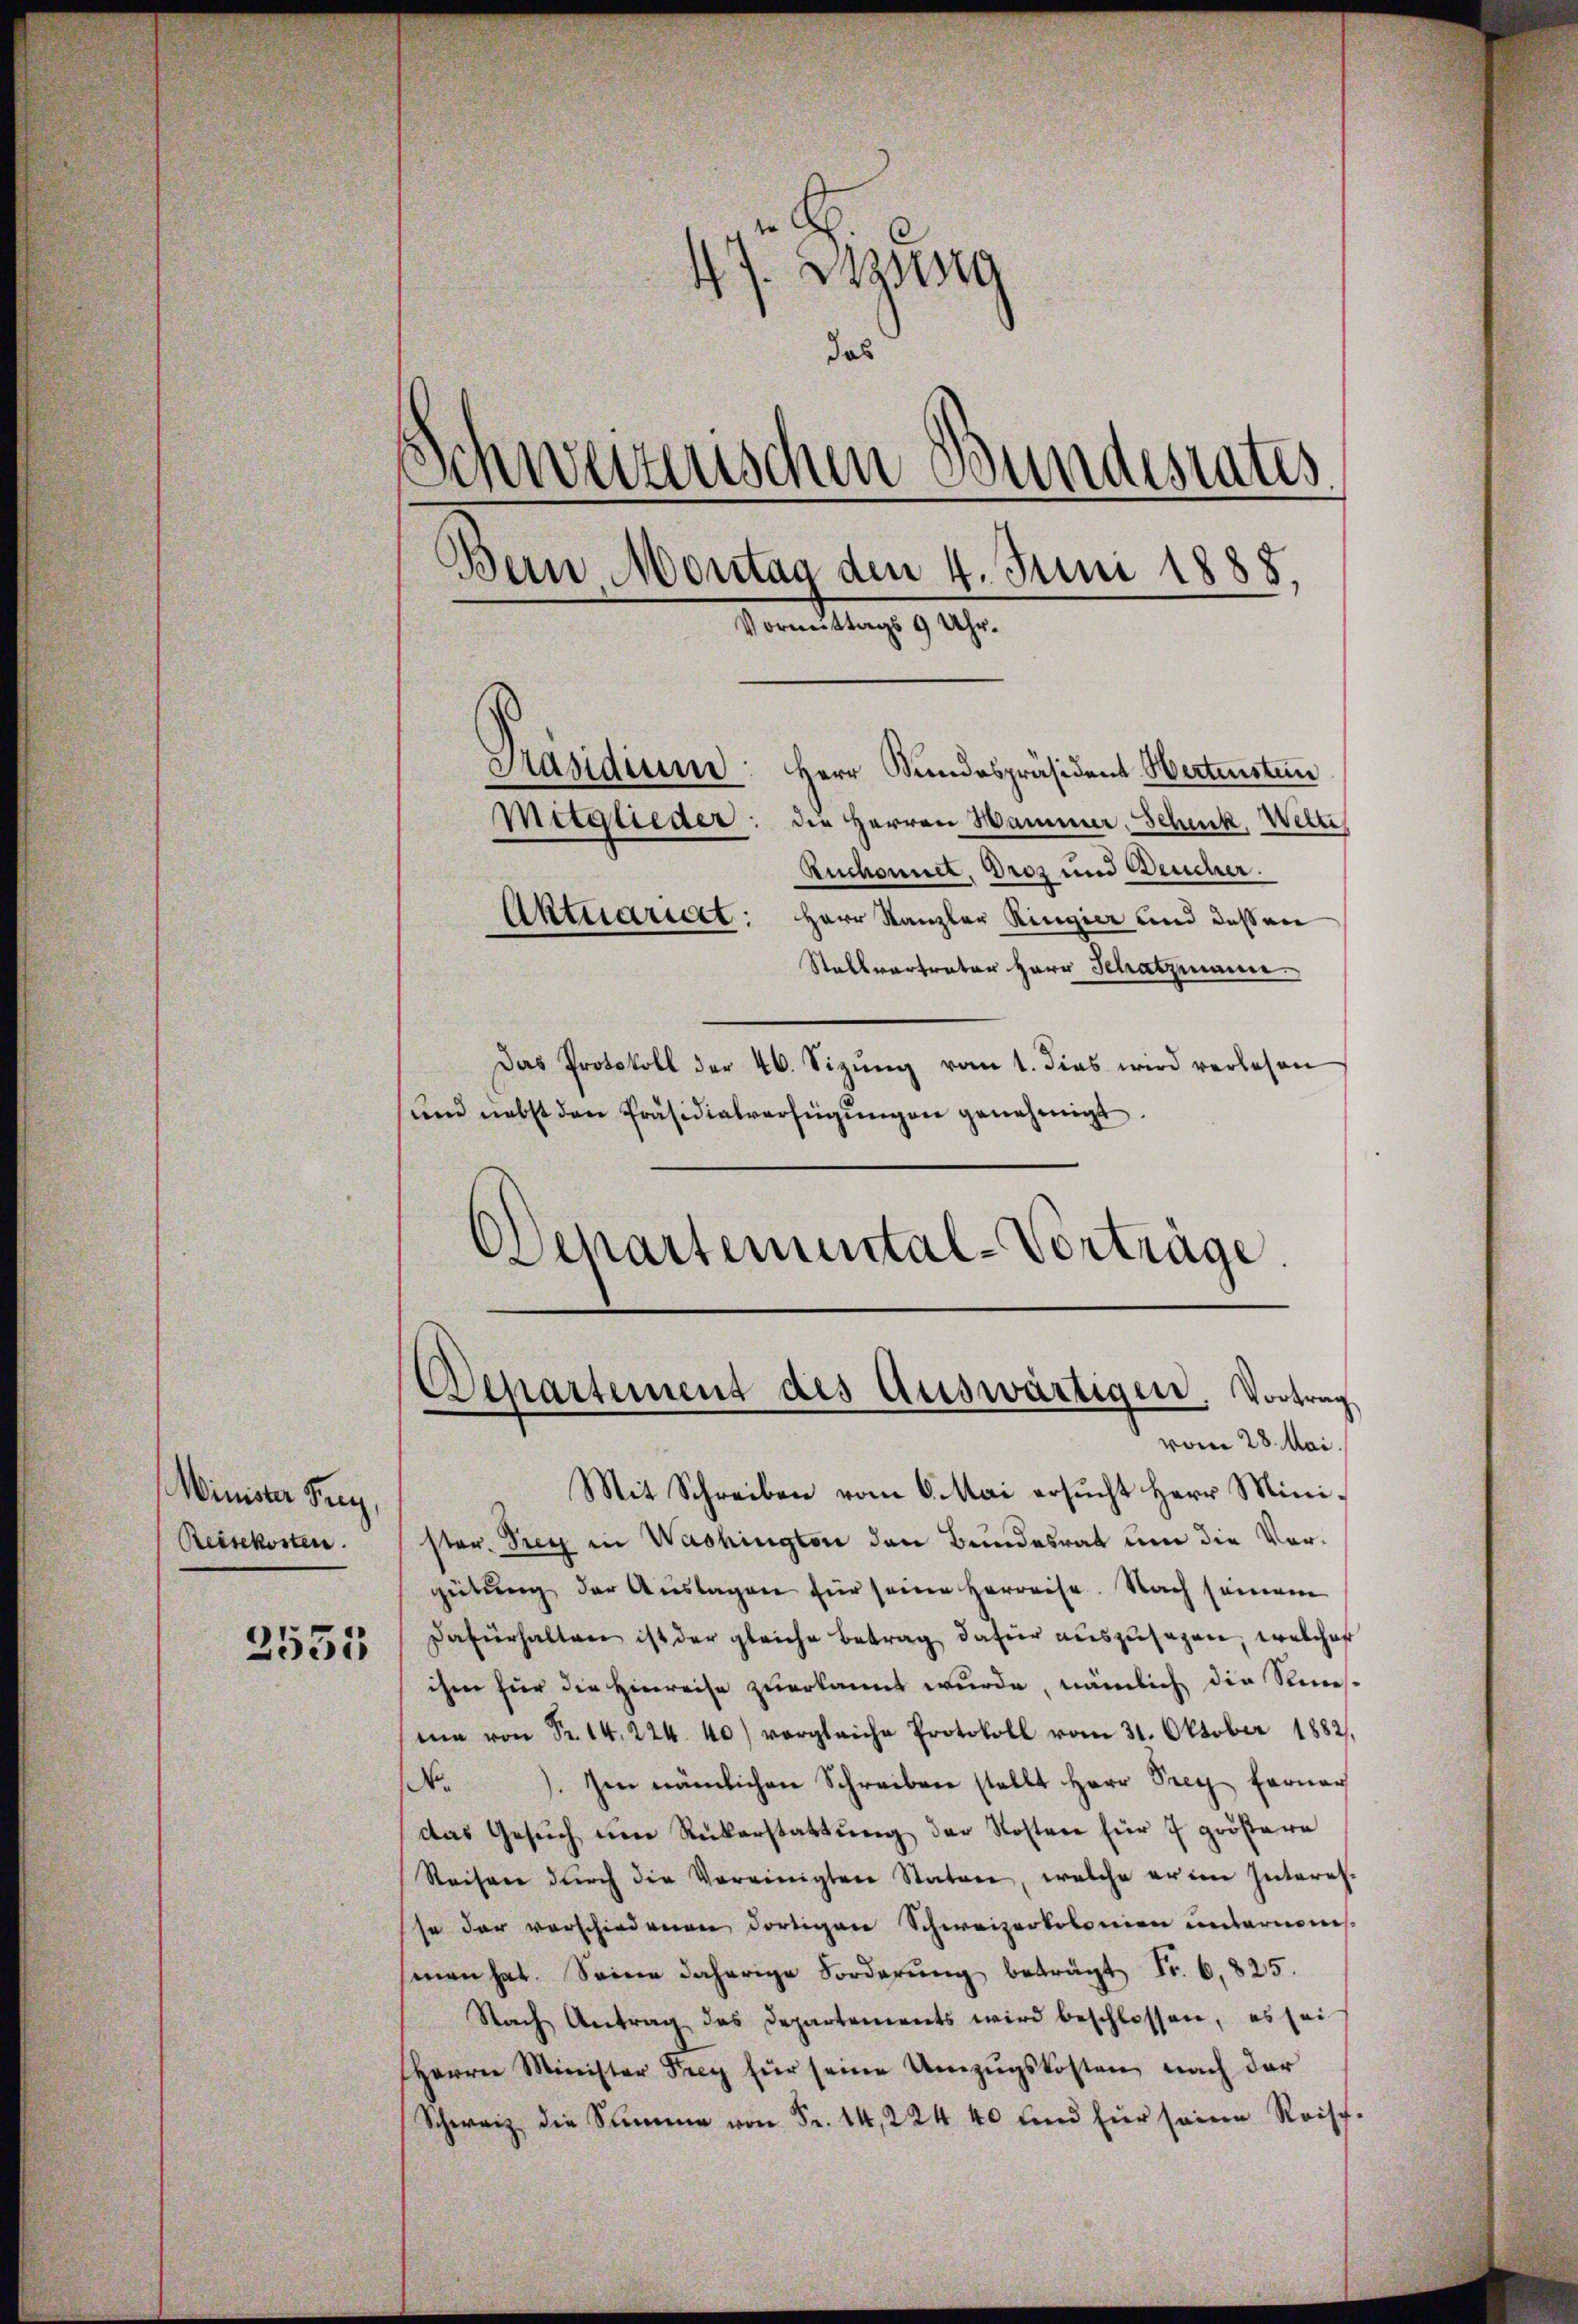
Minister Feu
Reisekosten.

2555

47. Bezug
das
Schweizerischen Bundesrates
Bern Montag den 4. Juni 1888
Vormittags 9 Uhr.
Präsidium: Herr Bundespräsident Wertenstein
Mitglieder: die Herren Hammer, Schenk, Wette
Ruchonnet. Droz und Deucher.
Aktuariert: Herr Kanzler Ringier und dessen
Stallvertrator Herr Schatzmann

Das Protokoll der 46. Sizung vom 1. dies wird verlesen
und nebst den Präsidialverfügungen genehmigt.
Departemental-Vorträge.

vom 28. Mai.
Mit Schreiben vom 6. Mai ersŭcht Herr Minister. Sieg in Washington den Bundesrat um die Vorgütung der Auslagen für seine Herreise. Nach seinem
Dafürhalten ist der gleiche Betrag dafür auszusagen, welches
ihm für die Hinreise zuerkannt wurde, nämlich die Riesme von Fr. 14. 224. 40) vergleiche Protokoll vom 31. Oktober 1882.
No.). Im nämlichen Schreiben stellt Herr Prey ferner
das Gesŭch ŭm Rückerstattŭng der Kosten für 7 größere
Reisen durch die Vereinigten Stature, welche er im Interes-
se der verschiedenen dortigen Schweizerkolonien unternoms
sman hat. Seine daherige Forderŭng beträgt Fr. 6. 825.
Nach Antrag des Departements wird beschlossen, es sei
Herrn Minister Frey für seine Umzŭgskosten nach der
Schweiz die Summe von Fr. 14, 224 40 und für seine Reisch-

Departement des Auswärtigen. Vortrag